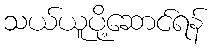
သယ်ယူပို့ဆောင်ရန်